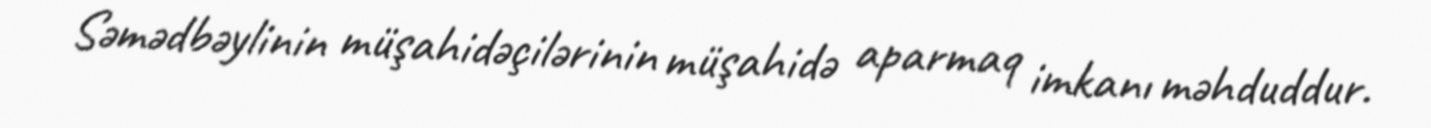
Səmədbəylinin müşahidəçilərinin müşahidə aparmaq imkanı məhduddur.